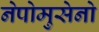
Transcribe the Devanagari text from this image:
नेपोमुसेनो